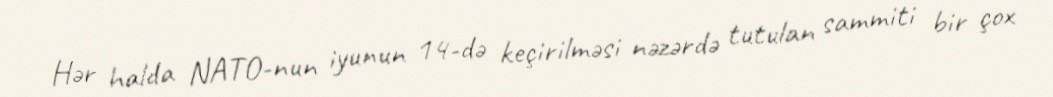
Hər halda NATO-nun iyunun 14-də keçirilməsi nəzərdə tutulan sammiti bir çox